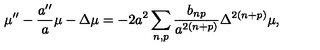
\mu ^ { \prime \prime } - \frac { a ^ { \prime \prime } } { a } \mu - \Delta \mu = - 2 a ^ { 2 } \sum _ { n , p } \frac { b _ { n p } } { a ^ { 2 ( n + p ) } } \Delta ^ { 2 ( n + p ) } \mu ,